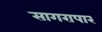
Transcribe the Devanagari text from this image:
सागरापार